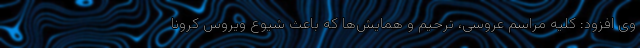
وی افزود: کلیه مراسم عروسی، ترحیم و همایش‌ها که باعث شیوع ویروس کرونا